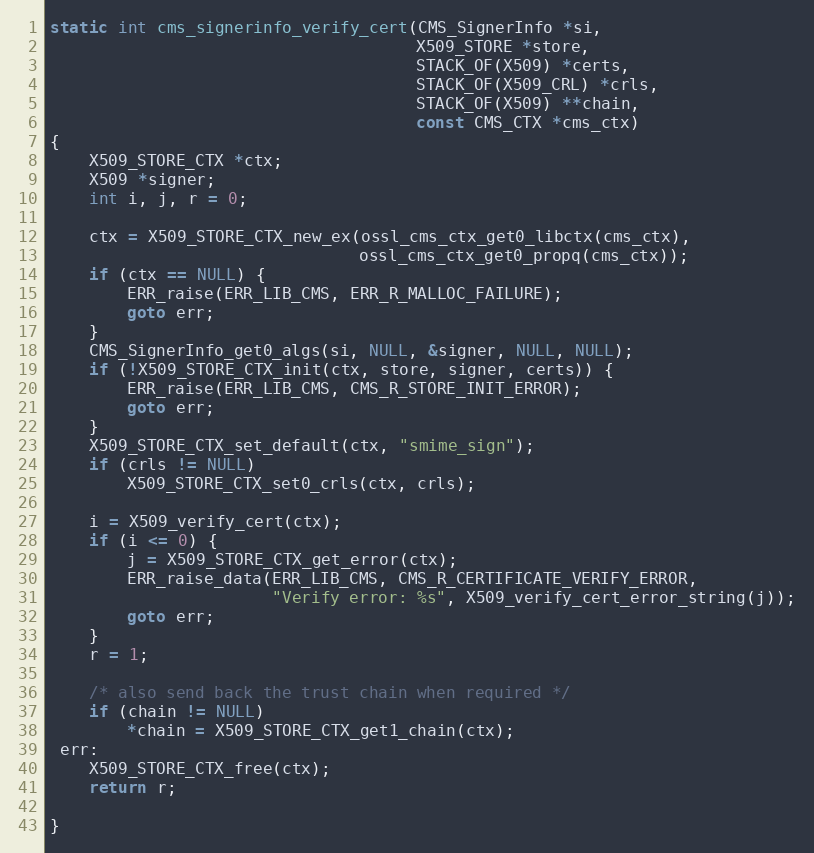
Language: C
static int cms_signerinfo_verify_cert(CMS_SignerInfo *si,
                                      X509_STORE *store,
                                      STACK_OF(X509) *certs,
                                      STACK_OF(X509_CRL) *crls,
                                      STACK_OF(X509) **chain,
                                      const CMS_CTX *cms_ctx)
{
    X509_STORE_CTX *ctx;
    X509 *signer;
    int i, j, r = 0;

    ctx = X509_STORE_CTX_new_ex(ossl_cms_ctx_get0_libctx(cms_ctx),
                                ossl_cms_ctx_get0_propq(cms_ctx));
    if (ctx == NULL) {
        ERR_raise(ERR_LIB_CMS, ERR_R_MALLOC_FAILURE);
        goto err;
    }
    CMS_SignerInfo_get0_algs(si, NULL, &signer, NULL, NULL);
    if (!X509_STORE_CTX_init(ctx, store, signer, certs)) {
        ERR_raise(ERR_LIB_CMS, CMS_R_STORE_INIT_ERROR);
        goto err;
    }
    X509_STORE_CTX_set_default(ctx, "smime_sign");
    if (crls != NULL)
        X509_STORE_CTX_set0_crls(ctx, crls);

    i = X509_verify_cert(ctx);
    if (i <= 0) {
        j = X509_STORE_CTX_get_error(ctx);
        ERR_raise_data(ERR_LIB_CMS, CMS_R_CERTIFICATE_VERIFY_ERROR,
                       "Verify error: %s", X509_verify_cert_error_string(j));
        goto err;
    }
    r = 1;

    /* also send back the trust chain when required */
    if (chain != NULL)
        *chain = X509_STORE_CTX_get1_chain(ctx);
 err:
    X509_STORE_CTX_free(ctx);
    return r;

}